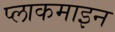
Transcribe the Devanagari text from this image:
प्लाकमाइन